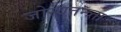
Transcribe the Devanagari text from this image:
जोस्वतन्त्र्ता